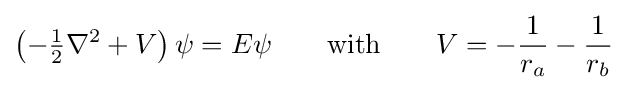
\left(-{\tfrac {1}{2}}\nabla ^{2}+V\right)\psi =E\psi \qquad {\mbox{with}}\qquad V=-{\frac {1}{r_{a}}}-{\frac {1}{r_{b}}}\;